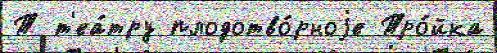
Т т'еа́тру плодотво́рноjе Тро́йка